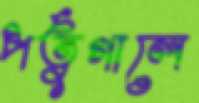
পর্তুগালে